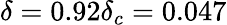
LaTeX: \delta=0.92\delta_{c}=0.047